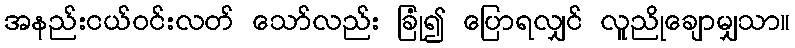
အနည်းငယ်ဝင်းလတ် သော်လည်း ခြုံ၍ ပြောရလျှင် လူညိုချောမျှသာ။